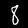
Digit: 8